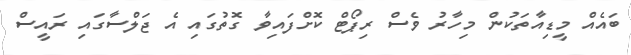
ބައެއް މީޑިއާތަކުން މިހާރު ވެސް ރިޕޯޓް ކޮށްފައިވާ ގޮތުގައި އެ ޖަލްސާގައި ރައީސް